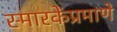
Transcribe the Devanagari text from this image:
स्मारकेंप्रमाणे